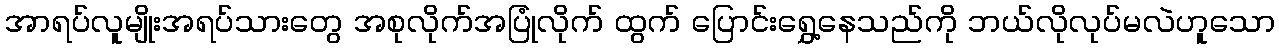
အာရပ်လူမျိုးအရပ်သားတွေ အစုလိုက်အပြုံလိုက် ထွက် ပြောင်းရွှေ့နေသည်ကို ဘယ်လိုလုပ်မလဲဟူသော